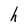
Character: h